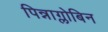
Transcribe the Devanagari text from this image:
पिन्नाग्लोबिन